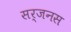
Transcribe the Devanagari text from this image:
सर्जनस